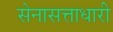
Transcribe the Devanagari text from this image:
सेनासत्ताधारी